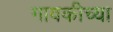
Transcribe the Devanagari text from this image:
गावकीच्या